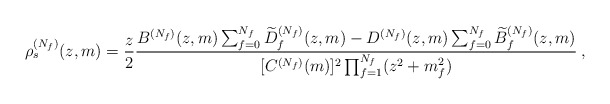
\begin{align*} \rho_s^{(N_f)}(z,m)=\frac{z}{2} \frac{B^{(N_f)}(z,m)\sum_{f=0}^{N_f}\widetilde{D}_f^{(N_f)}(z,m) -D^{(N_f)}(z,m)\sum_{f=0}^{N_f}\widetilde{B}_f^{(N_f)}(z,m)} {[C^{(N_f)}(m)]^2\prod_{f=1}^{N_f}(z^2+m_f^2)}\:,\end{align*}